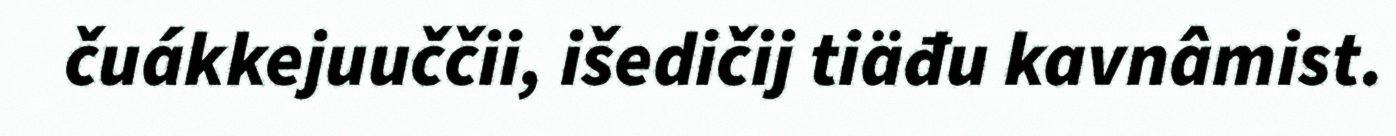
čuákkejuuččii, išedičij tiäđu kavnâmist.